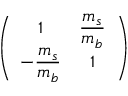
\left( \begin{array} { c c } { { 1 } } & { { \displaystyle \frac { m _ { s } } { m _ { b } } } } \\ { { \displaystyle - \frac { m _ { s } } { m _ { b } } } } & { { 1 } } \end{array} \right)